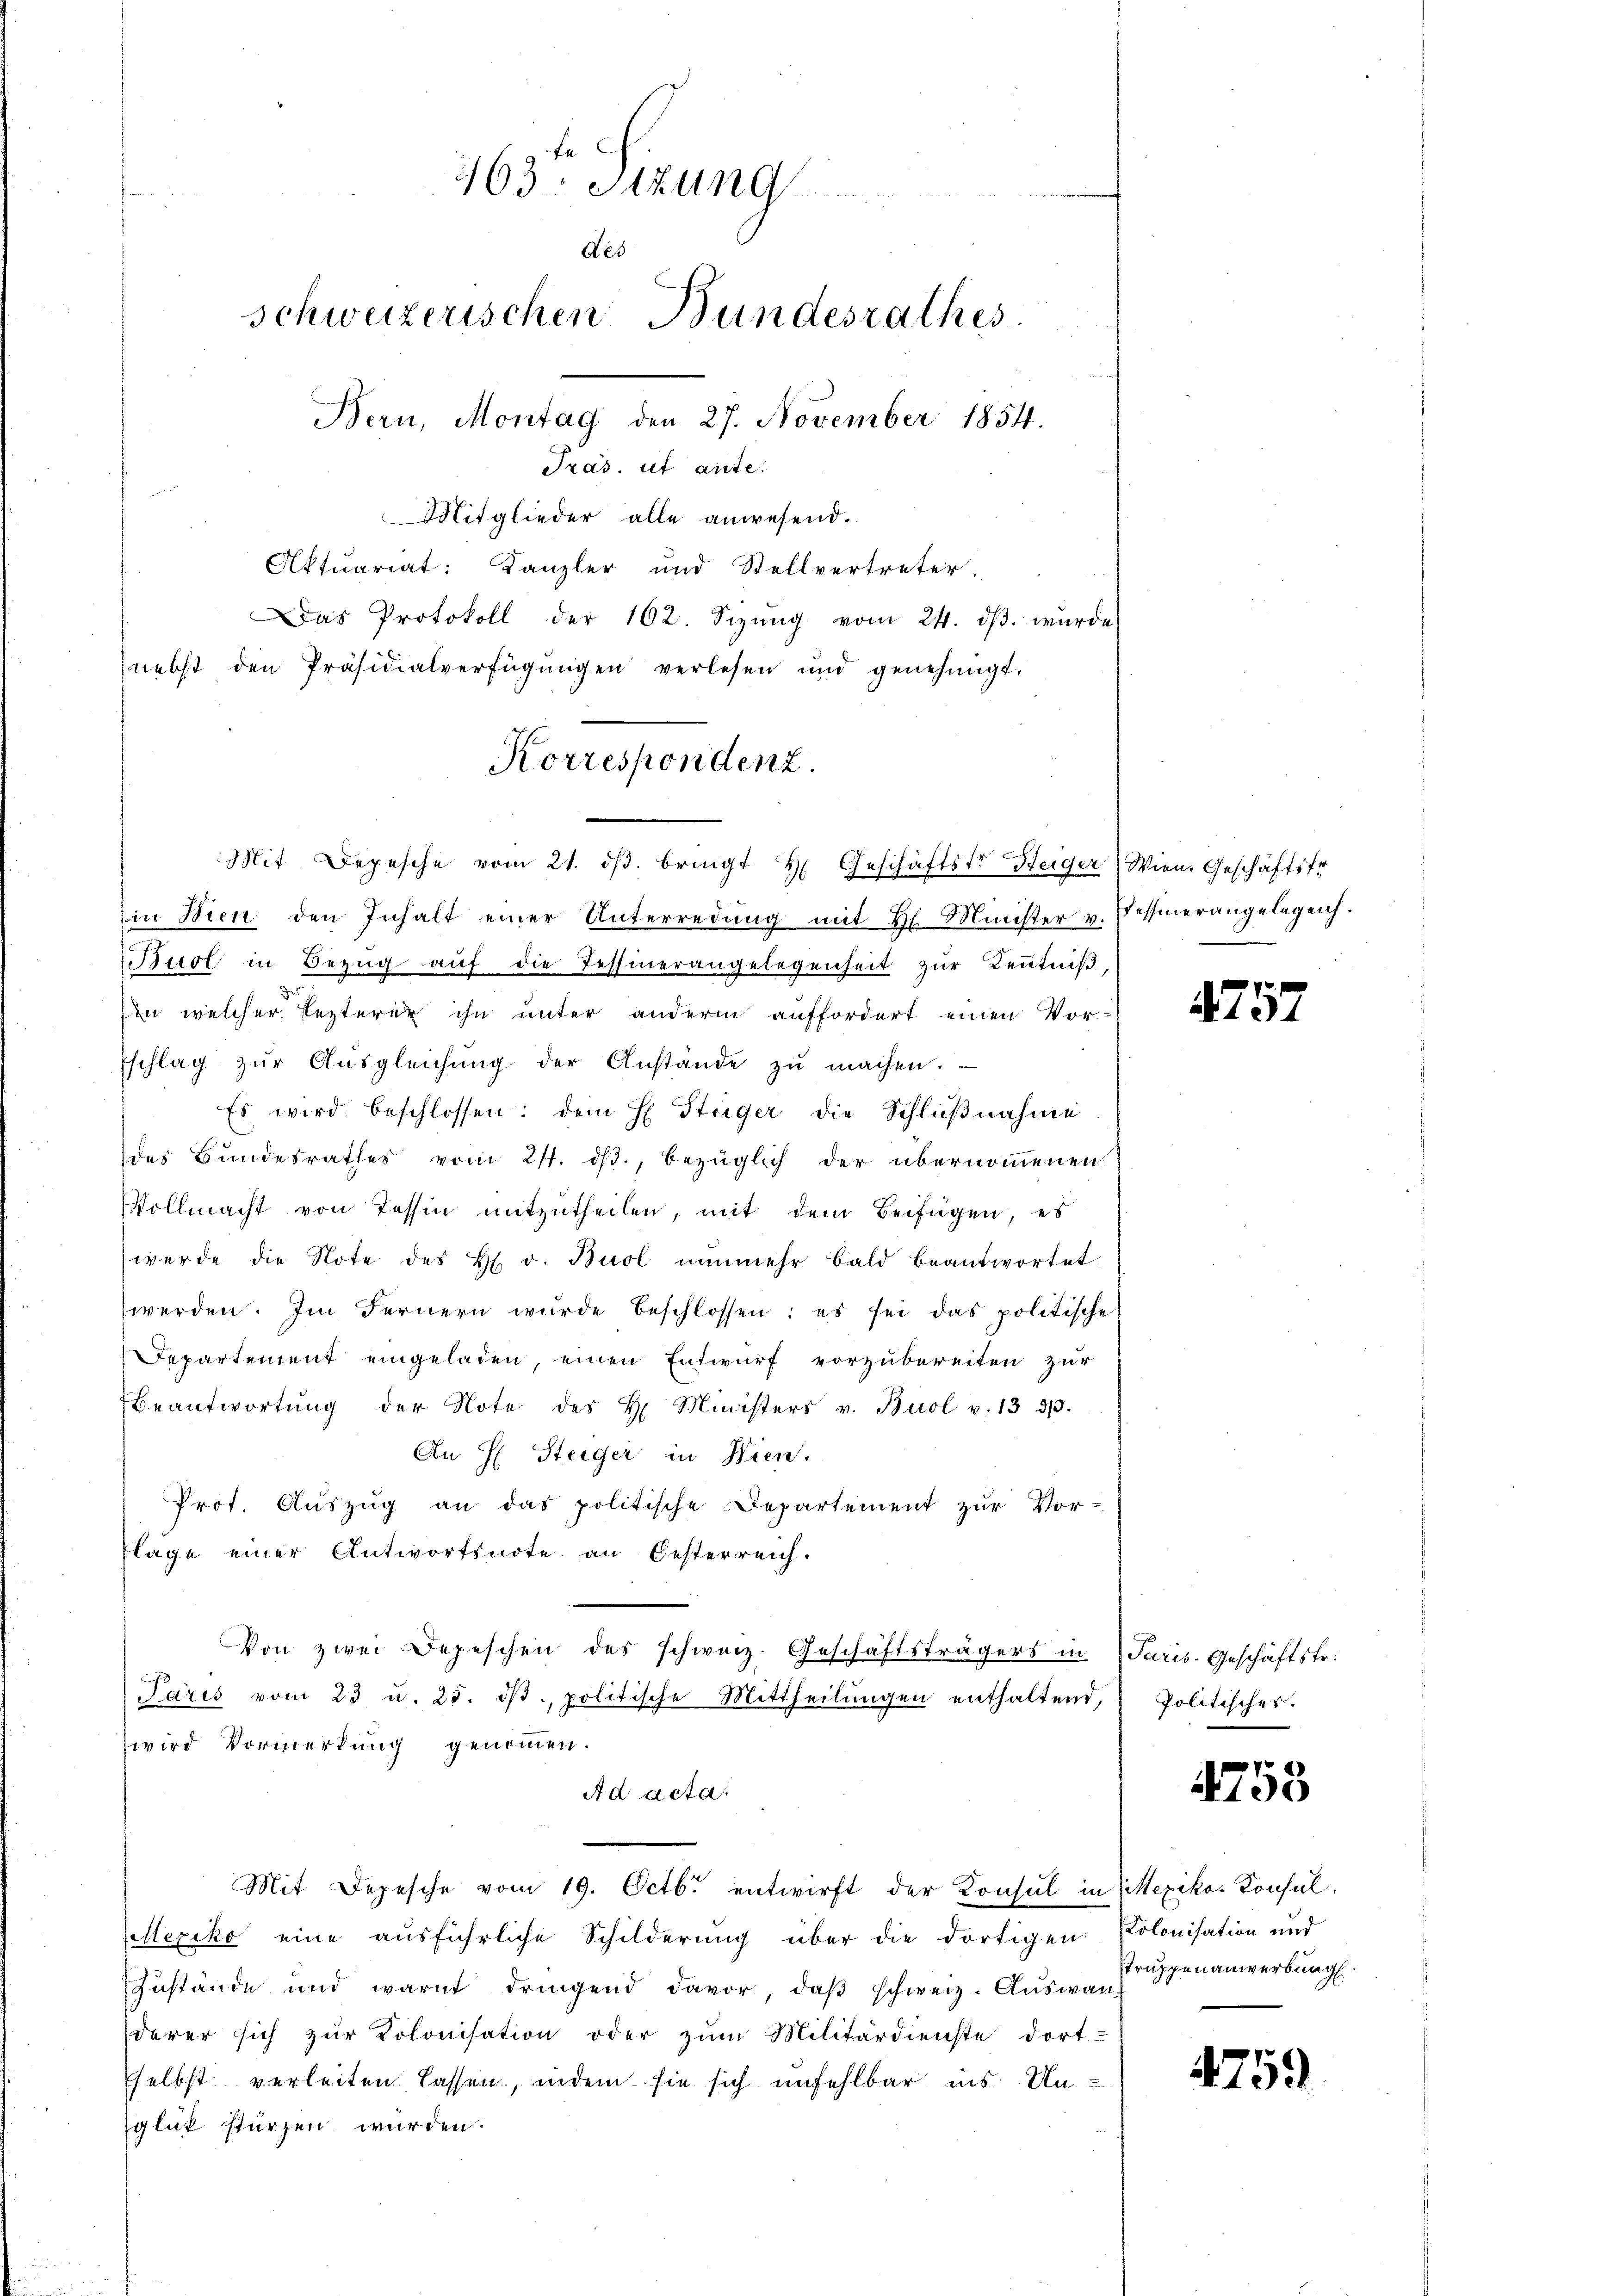
763 Sizung
Aes
schweizerischen Bundesrathes
Bern, Montag den 27. November 1854.
Präs. et aute.

Mitglieder alle anwesend.
Aktuariat: Kanzler und Stellvertreter,
Das Protokoll der 162. Sizŭng vom 24. dβ. wurde
nebst den Präsidialverfügungen verlesen und genehmigt.
in Wien den Inhalt einer Unterredung mit H. Minister v. Fessinerangelegen.
Birol in Bezug auf die Tessinerangelegenheit zur Kenntniß,
in welcher, Lezterer ihn unter anderm auffordert einen Vor-
Eschlag zŭr Aŭsgleichŭng der Anstände zŭ machen.
Es wird beschlossen: dem H. Steiger die Schlußnahme
des Bundesrathes vom 21. ds., bezüglich der übernommenen
Vollmacht von Tessin mitzutheilen, mit dem Beifügen, es
werde die Note des H. v. Buol nŭnmehr bald beantwortet
werden. Im Fernern wurde beschlossen: es sei das politische
Departement eingeladen, einen Entwurf vorzubereiten zur
Beantwortŭng der Note des H. Ministers v. Buol v. 13 3/3.
An H: Steiger in Wien.
Prof. Auszug an das politische Departement zur Vor-
flage einer Antwortsnote an Oesterreich.
Von zwei Depeschen des schweiz. Geschäftsträgers in Paris. Geschäftstr.
Paris vom 23 u. 25. dβ. politische Mittheilŭngen enthaltend, Politisches.
wird Vormerkung genommen.
Ad acta.
Mit Depesche vom 19. Octbr. entwirft der Konsul in Mexikos Konsul,
Mexiko eine ausführliche Schilderung über die dortigen Polonisation und
Zustände und warnt dringend davor, daβ schweiz. Auswan-
derer sich zur Kolonisation oder zum Militärdienste dort-
selbst verleiten lassen, indem sie sich unfehlbar ins Unglük stürzen würden.

Korrespondenz.
Mit Depesche vom 21. dβ. bringt H. Geschäftste Steiger Wien. Geschäftstr

4757

4753

Truppenanwerbung.

4759